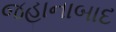
જહાનાબાદ